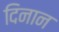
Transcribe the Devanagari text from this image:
दिनान